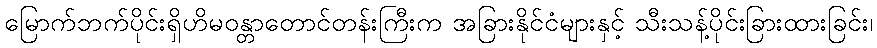
မြောက်ဘက်ပိုင်းရှိဟိမဝန္တာတောင်တန်းကြီးက အခြားနိုင်ငံများနှင့် သီးသန့်ပိုင်းခြားထားခြင်း၊